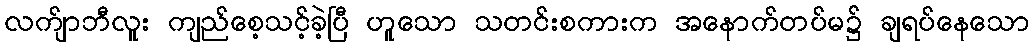
လက်ျာဘီလူး ကျည်စေ့သင့်ခဲ့ပြီ ဟူသော သတင်းစကားက အနောက်တပ်မ၌ ချရပ်နေသော